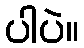
ပါပဲ။